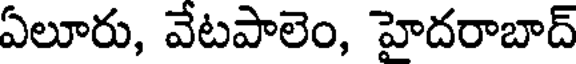
ఏలూరు, వేటపాలెం, హైదరాబాద్